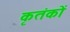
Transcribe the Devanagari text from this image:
कृतंकों